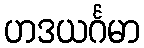
ဟဒယင်္ဂမာ